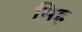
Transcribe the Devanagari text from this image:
मिह्र